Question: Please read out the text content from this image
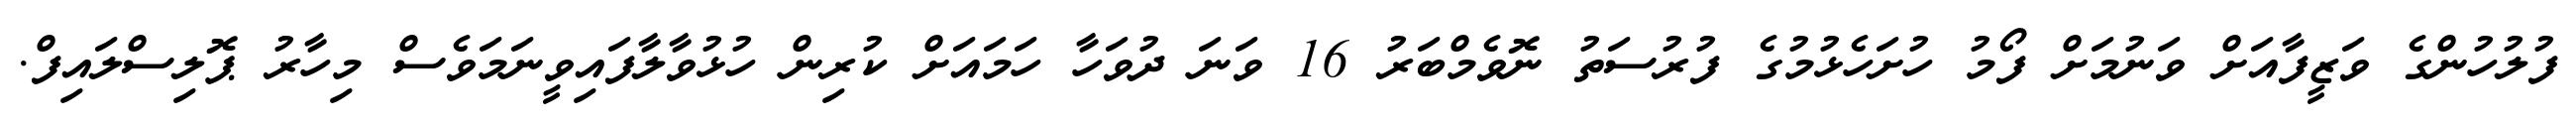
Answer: ފުލުހުންގެ ވަޒީފާއަށް ވަނުމަށް ފޯމު ހުށަހެޅުމުގެ ފުރުސަތު ނޮވެމްބަރު 16 ވަނަ ދުވަހާ ހަމައަށް ކުރިން ހުޅުވާލާފައިވީނަމަވެސް މިހާރު ޕޮލިސްލައިފް.